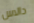
دالاس